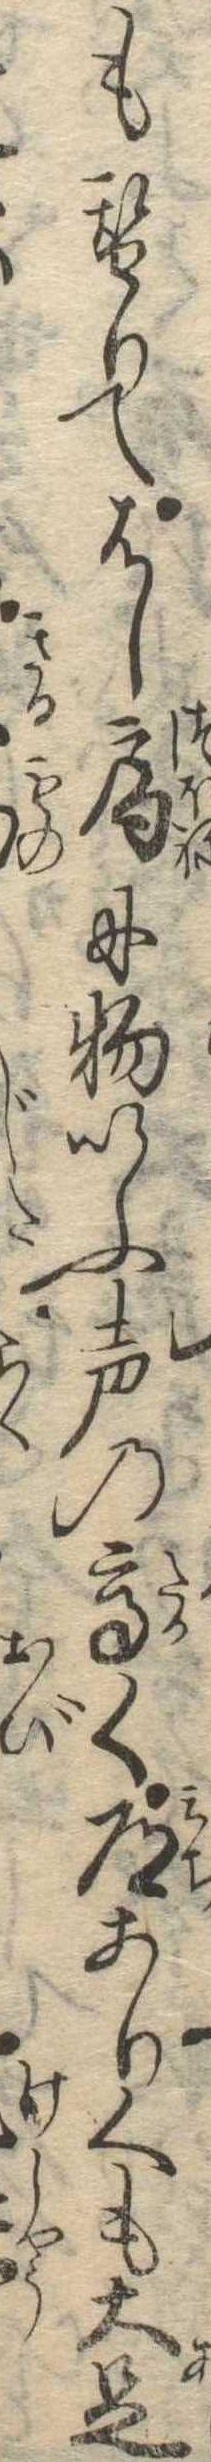
も替りてはし局に物いふ声の高く道ありくも大足